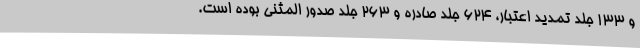
و 133 جلد تمدید اعتبار، 624 جلد صادره و 263 جلد صدور المثنی بوده است.